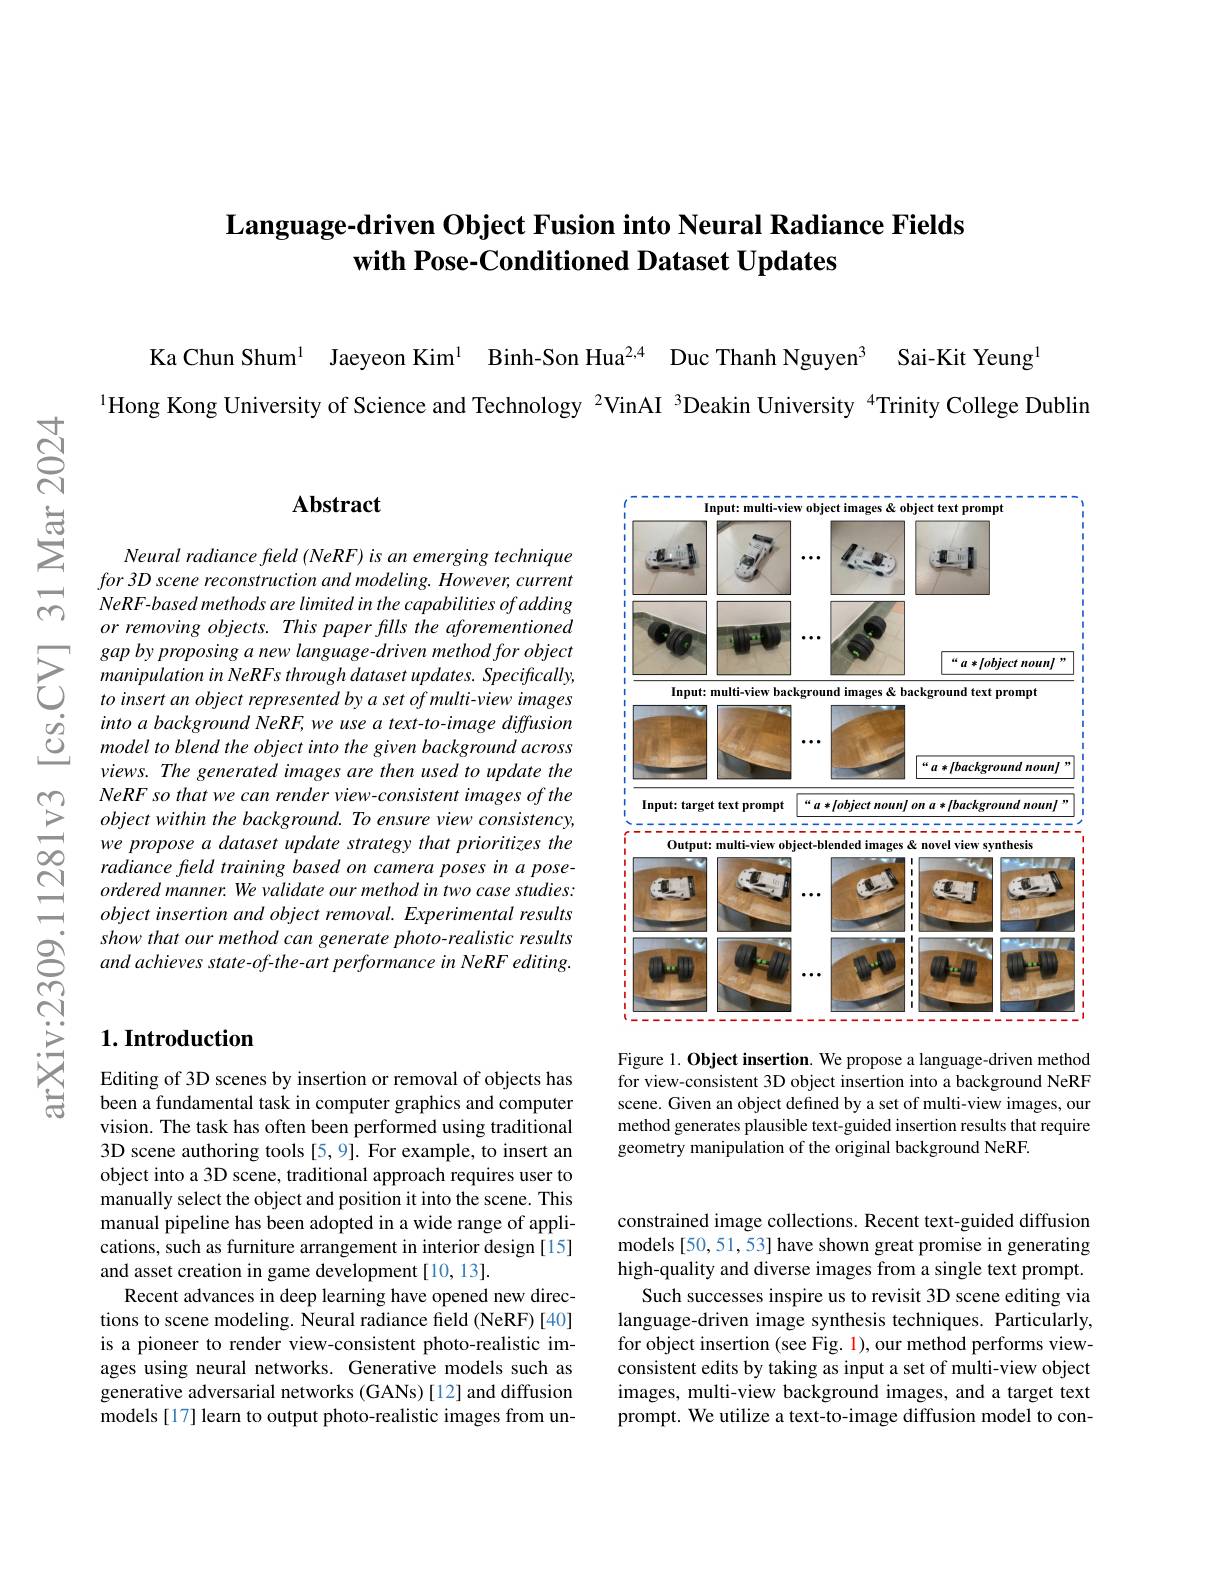
# Language-driven Object Fusion into Neural Radiance Fields with Pose-Conditioned Dataset Updates

Ka Chun Shum$^{1}$ Jaeyeon Kim$^{1}$ Binh-Son Hua$^{2,4}$ Duc Thanh Nguyen$^{3}$ Sai-Kit Yeung
1Hong Kong University of Science and Technology $^{2}$VinAI 3Deakin University $^{4}$Trinity College Dublin

### $\mathbf{Abstract}$

Neural radiance feld (NeRF) is an emerging technique for $3D$ scene reconstruction and $modeling.$ $However$, current NeRF-based methods are limited in the capabilities of adding or removing objects. This paper fills the aforementioned gap by proposing a new language-driven method for object manipulation in NeRFs through dataset updates. Specifically, to insert an object represented by a set of multi-view images into a background NeRF, we use a text-to-image diffusion model to blend the object into the given background across views. The generated images are then used to update the NeRF so that we can render view-consistent images of the objectwithin the background. To ensure view consistency, we propose a dataset update strategy that prioritizes the radiance fleld training based on camera poses in a poseordered manner. We validate our method in two case studies: object insertion and object removal. Experimental results show that our method can generate photo-realistic results and achieves state-of-the-art performance in NeRF editing.

## $1. \textbf{Introduction}$

Editing of 3D scenes by insertion or removal of objects has been a fundamental task in computer graphics and computer vision. The task has often been performed using traditional 3D scene authoring tools [5,9]. For example, to insert an object into a 3D scene, traditional approach requires user to manually select the object and position it into the scene. This manual pipeline has been adopted in a wide range of applications, such as furniture arrangement in interior design[15] and asset creation in game development[10,13].
Recent advances in deep learning have opened new directions to scene modeling. Neural radiance field (NeRF)[40] is a pioneer to render view-consistent photo-realistic images using neural networks. Generative models such as generative adversarial networks (GANs)[12] and diffusion models [17] learn to output photo-realistic images from un-

<FigureHere>
Figure 1. Object insertion. We propose a language-driven method

for view-consistent 3D object insertion into a background NeRF scene. Given an object defined by a set of multi-view images, our method generates plausible text-guided insertion results that require geometry manipulation of the original background NeRF

constrained image collections. Recent text-guided diffusion models [50,51,53] have shown great promise in generating high-quality and diverse images from a single text prompt.
Such successes inspire us to revisit 3D scene editing via language-driven image synthesis techniques. Particularly, for object insertion (see Fig. 1), our method performs viewconsistent edits by taking as input a set of multi-view object images, multi-view background images, and a target text prompt. We utilize a text-to-image diffusion model to con-